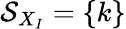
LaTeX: \mathcal{S}_{X_{I}}=\{ k\}